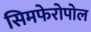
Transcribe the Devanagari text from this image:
सिमफेरोपोल